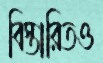
বিস্তারিতও